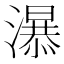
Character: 𱩧